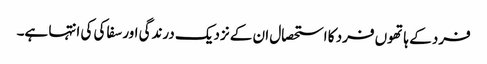
فرد کے ہاتھوں فرد کا استحصال ان کے نزدیک درندگی اور سفاکی کی انتہا ہے۔